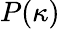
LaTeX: P(\kappa)